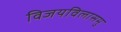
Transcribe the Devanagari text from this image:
विजयविलासमु